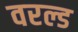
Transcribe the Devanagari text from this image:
वरल्ड